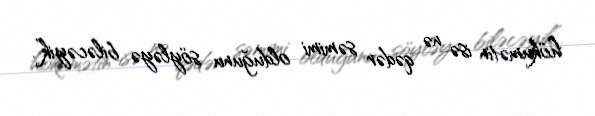
hökumətin isə nə qədər səmimi olduğunu söyləyə biləcəyik”.